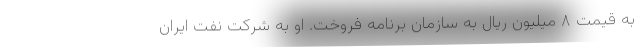
به قیمت ۸ میلیون ریال به سازمان برنامه فروخت. او به شرکت نفت ایران